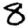
Digit: 8